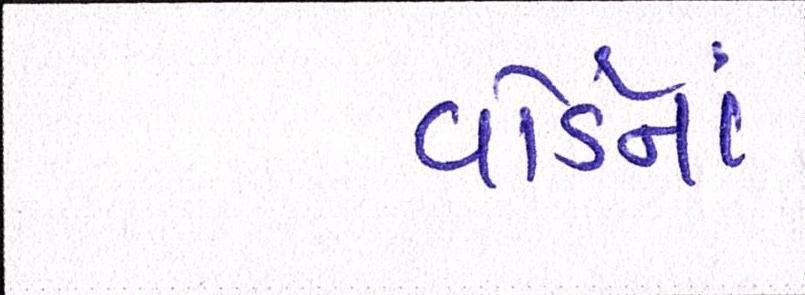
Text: વોર્ડનાં